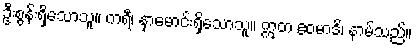
ဦးစွန်းရှိသောသူ။ ကရီ၊ နှာမောင်းရှိသောသူ။ ဣတ ဧဝမာဒိ၊ နာမ်သည်။